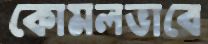
কোমলভাবে